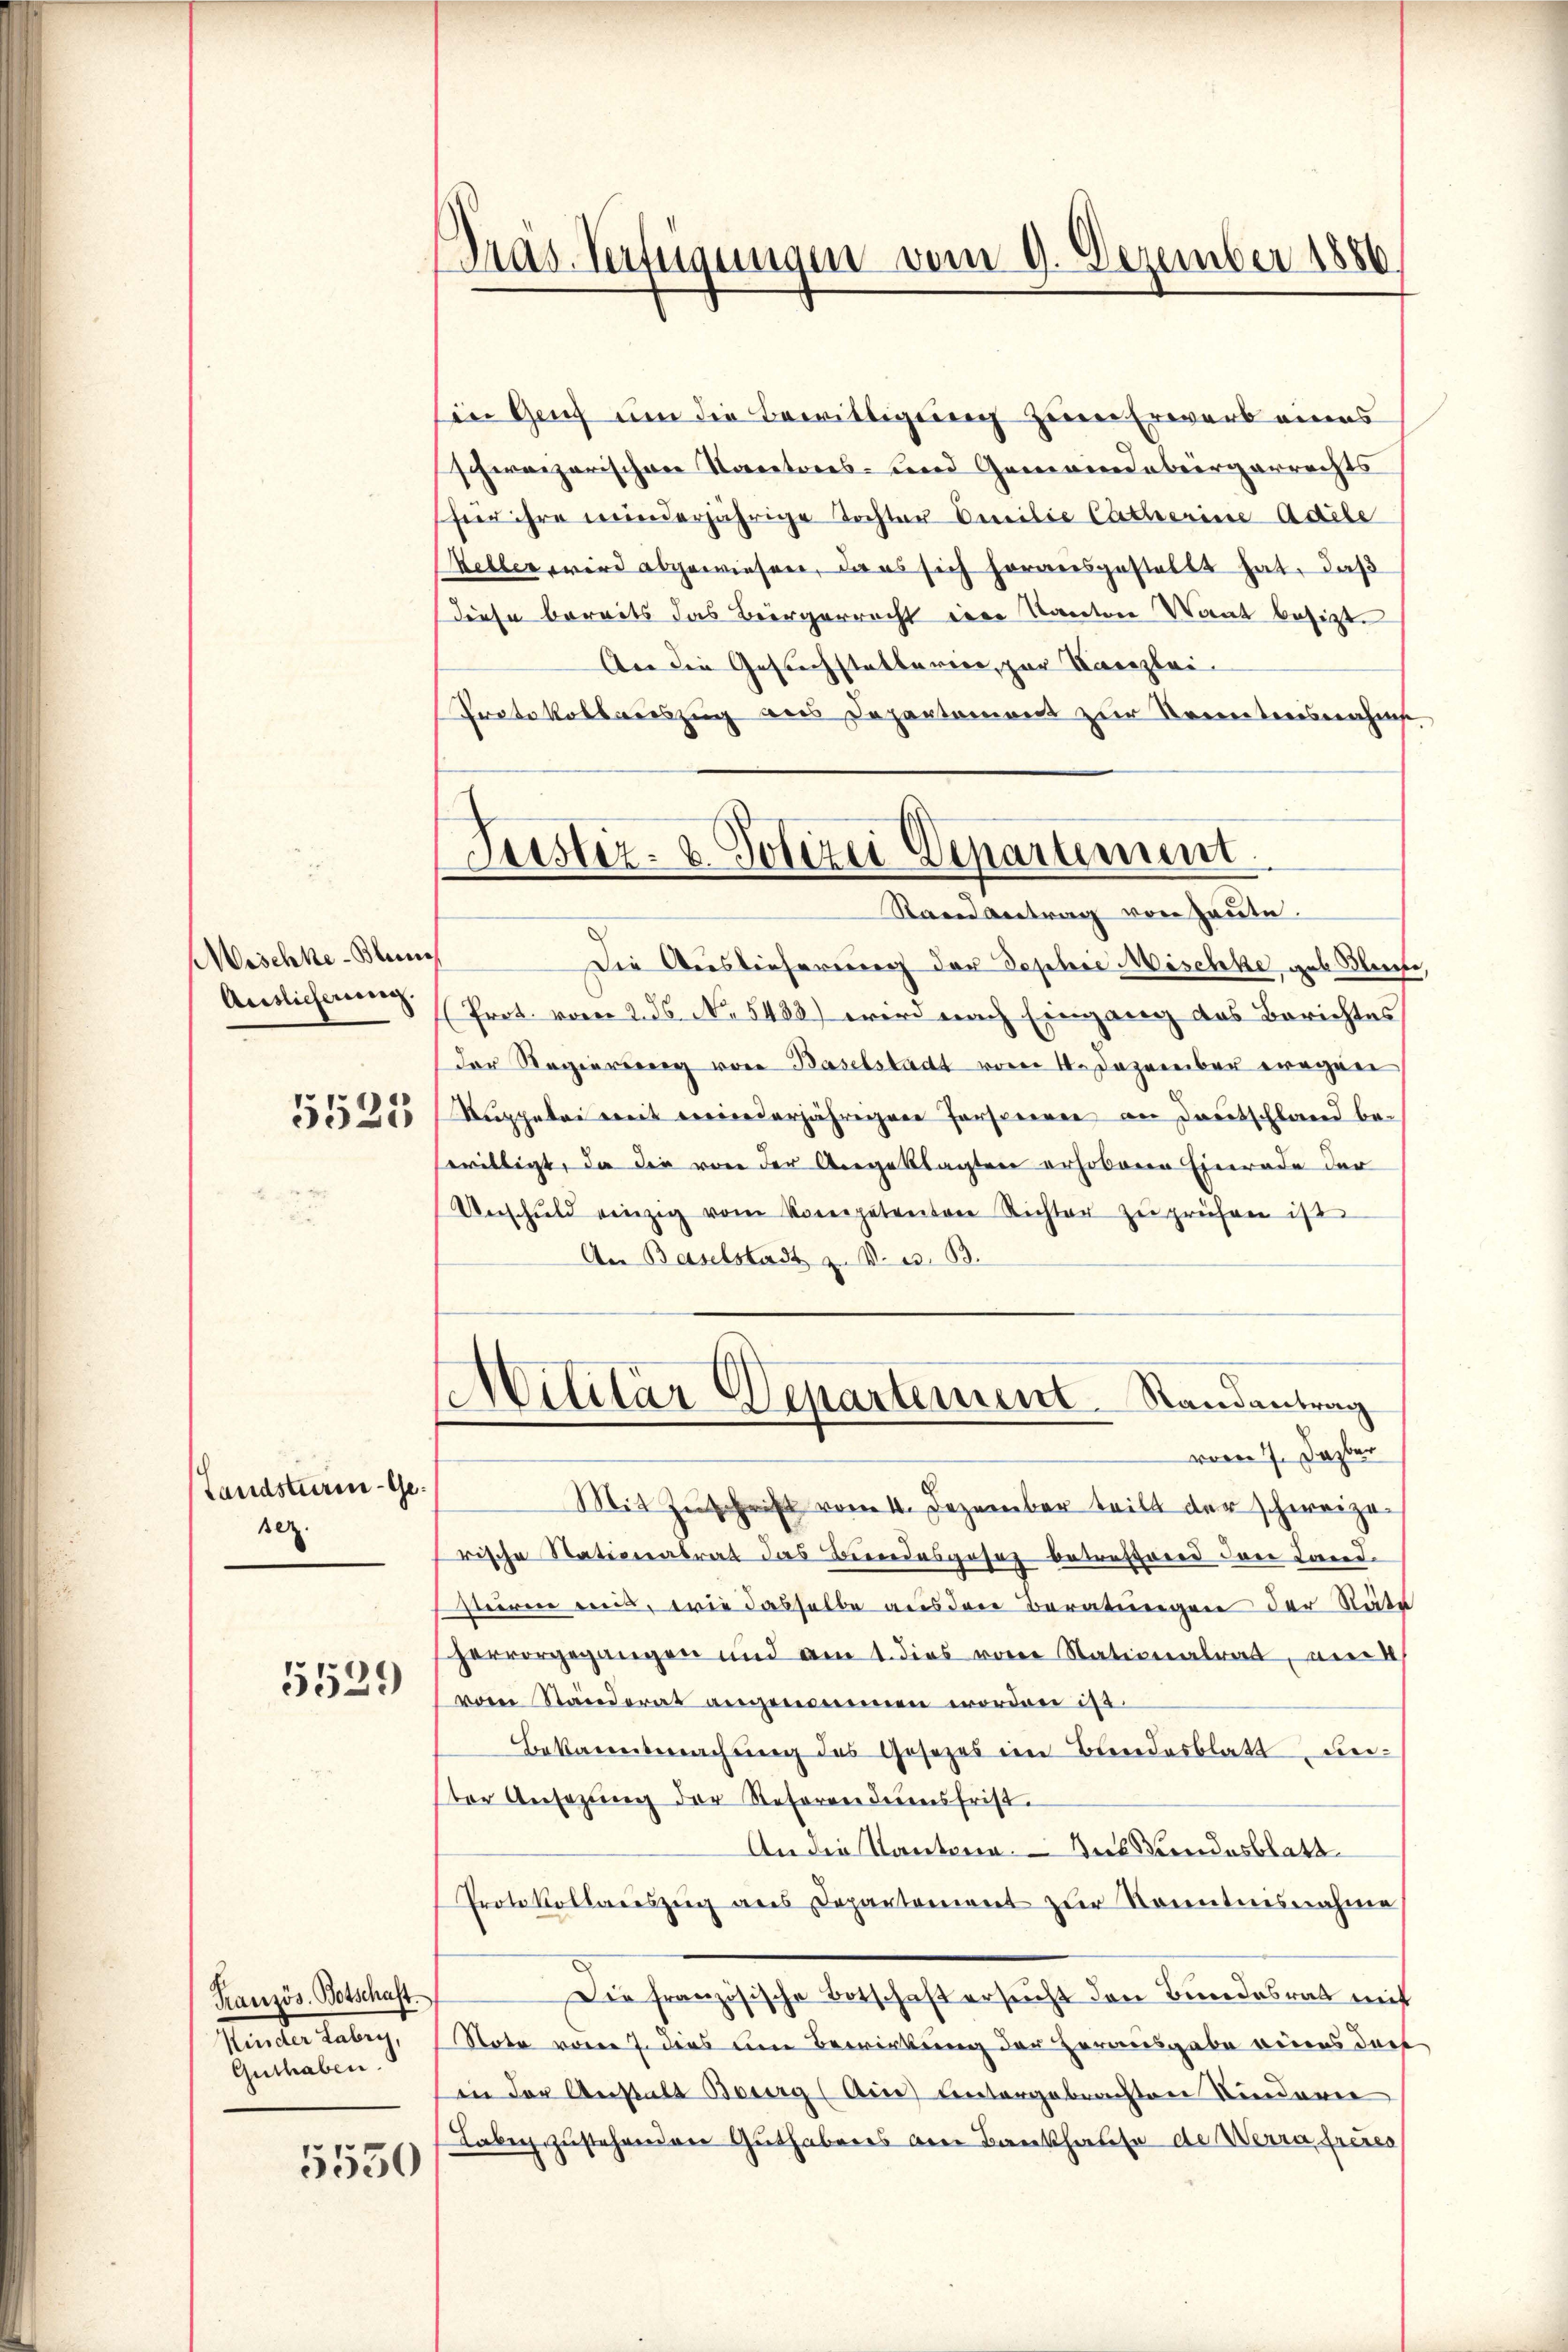
Maschke-Blun
Auslicherung.
5525

Landsturm-Gesez.
5529

Kranzös. Botschaft
Stander Tableg
Guthaben.

5550

Präs. Verfügungen vom 9. Dezember 1886

Justiz- & Polizei Departement.
Stand Antrag von Haute.

in Genf um die Bewilligung zum Erwarb eines
schweizerischen Kantons- und Gemeindebergerrechts
heer ihre minderjährige Tochter Breilie Catharine Adele
Meller wird abgewiesen, da es sich herausgestellt hat, daß
diese bereits das Bürgerrecht eine Kanton Want besit
An die Gesuchstatterien, zur Kanzlei-
Protokollauszug aus Departement zur Kenntnisnahms
Die Auslieferung der Sophie Mischke, geb Seite
Prot. vom 2. ds No. 5488) wird nach Eingang des Berichtes
der Regierung von Baselstadt vom 10. Dezember wegen
Ruppelei mit einderjährigen Forsteren an Deutschland bewilligt, da die von der Angeklagten erhobene Einrade der
Unschŭld einzig vom Kompetenten Richter zu prüfen ist.
An Baselstadt z. W. i. B.
Militär Departement. Randantrag
vom 7. Dazber
Mit Zuschrift vom 4. Dezember teilt der schweizerische Stationalrat das Beendesgesetz betreffend den Land
siren eint, wie dasselbe aus den Beratungen der Natu
hervorgegangen und am 1. dies von Stationalrat, merk
vom Standerat angenommen worden ist.
Bekanntmachung des Gesetzes im Beendesblatt dei-
ter Ansezung der Referen diesfrist.
An die Kantona. Dies andesblatt
Protokollareszeig aus Departement zur Kenntnisnahme
Die französische Botschaft ersucht den Bundesrat mit
Note vom 7. dies um Bewirkung der Herausgabe eines dort
in der Anstalt Bourg (Ain Untergebrachten Kinderer
Laben zustehenden Guthabens am Bankhause de Werra freies